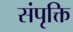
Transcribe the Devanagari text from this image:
संपृक्ति